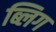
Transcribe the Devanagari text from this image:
ब्लिग